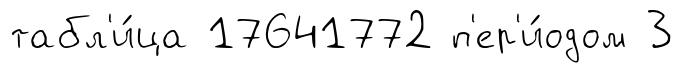
табл'и́ца 17641772 п'ер'и́одом 3